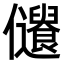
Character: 𠑞